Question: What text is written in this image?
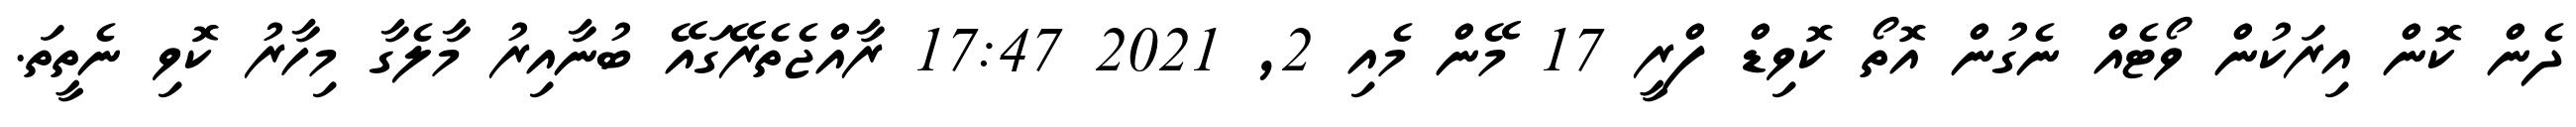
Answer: ދެން ކޮން އިރަކުން ވޯޓެއް ނެގުން އޮތޯ ކޮވިޑް ފްރީ 17 މޭން މެއި 2, 2021 17:47 ރާއްޖެތެރޭގައޭ ބުނާއިރު މާލެގާ މިހާރު ކޮވި ނެތީތަ.